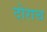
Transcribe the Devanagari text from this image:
दोराच